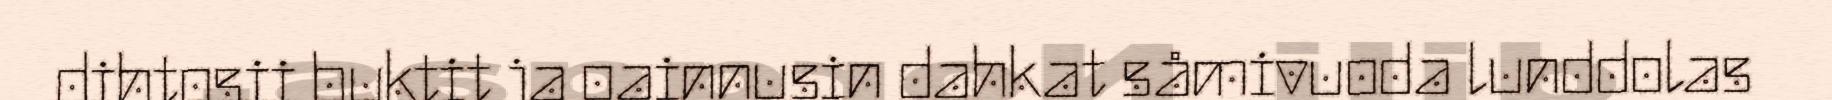
dihtosii buktit ja oainnusin dahkat såmivuoda lunddolas